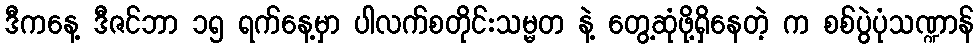
ဒီကနေ့ ဒီဇင်ဘာ ၁၅ ရက်နေ့မှာ ပါလက်စတိုင်းသမ္မတ နဲ့ တွေ့ဆုံဖို့ရှိနေတဲ့ က စစ်ပွဲပုံသဏ္ဍာန်